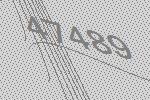
47489